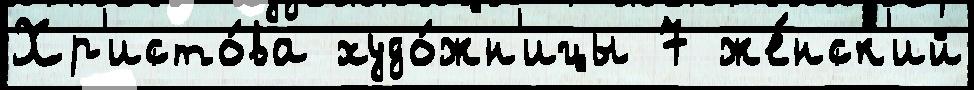
Хр'исто́ва худо́жн'ицы 7 же́нск'ий